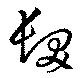
髪